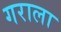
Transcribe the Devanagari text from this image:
गराला